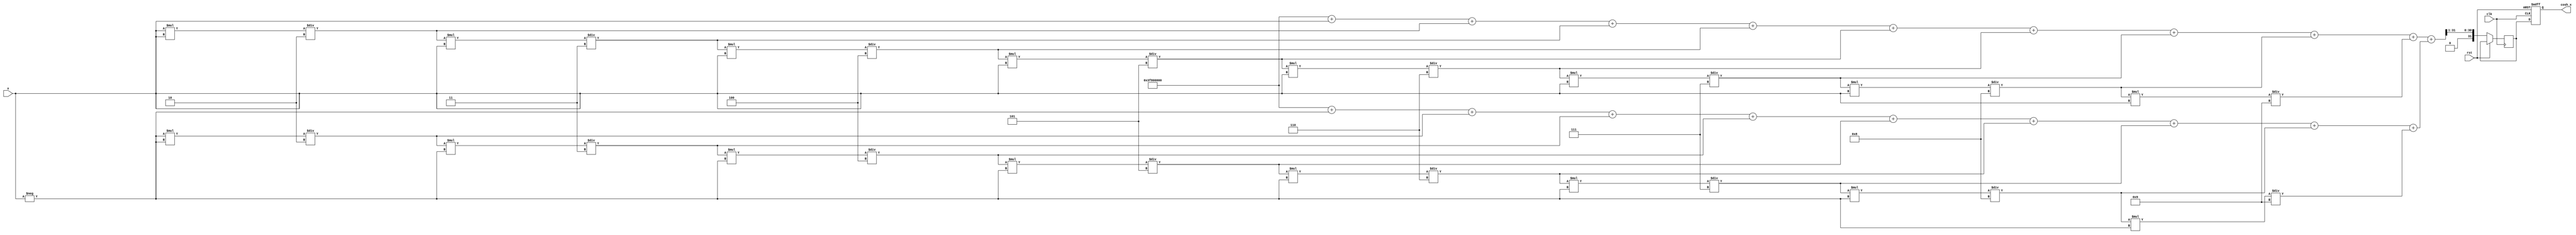
module hyperbolic_cosh (
    input wire [31:0] x,          // Input signal (32-bit floating-point)
    output reg [31:0] cosh_x,     // Output signal (32-bit floating-point)
    input wire clk,                // Clock signal
    input wire rst                 // Reset signal
);

    // Internal signals
    wire [31:0] exp_x;            // e^x
    wire [31:0] exp_neg_x;        // e^(-x)
    wire [31:0] sum;              // e^x + e^(-x)
    reg [31:0] half_sum;          // (e^x + e^(-x)) / 2

    // Exponential function approximation (simple Taylor series)
    function [31:0] exp_approx;
        input [31:0] value;
        reg [31:0] result;
        reg [31:0] term;
        integer i;
        begin
            result = 32'h3F800000; // e^0 = 1.0 in IEEE 754
            term = value;          // Start with x
            for (i = 1; i < 10; i = i + 1) begin
                result = result + term; // Add term
                term = (term * value) / (i + 1); // Calculate next term
            end
            exp_approx = result;
        end
    endfunction

    // Compute e^x and e^(-x)
    assign exp_x = exp_approx(x);
    assign exp_neg_x = exp_approx(-x);

    // Compute e^x + e^(-x)
    assign sum = exp_x + exp_neg_x;

    // Compute (e^x + e^(-x)) / 2
    always @(posedge clk or posedge rst) begin
        if (rst) begin
            cosh_x <= 32'b0;
        end else begin
            half_sum <= sum >> 1; // Divide by 2 using right shift
            cosh_x <= half_sum;   // Assign to output
        end
    end

endmodule